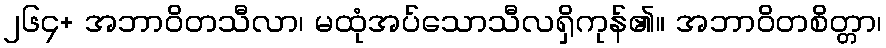
၂၆၄+ အဘာဝိတသီလာ၊ မထုံအပ်သောသီလရှိကုန်၏။ အဘာဝိတစိတ္တာ၊